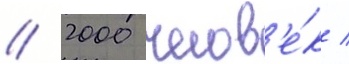
// 2000 челов'е́к /